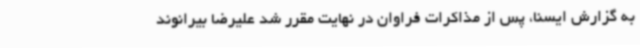
به گزارش ایسنا، پس از مذاکرات فراوان در نهایت مقرر شد علیرضا بیرانوند